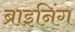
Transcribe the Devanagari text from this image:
ब्राइनिंग